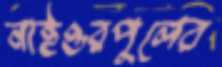
নাইওরপুলের